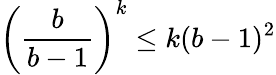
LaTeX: {\left({\frac{b}{b-1}}\right)}^{k}\leq k(b-1)^{2}